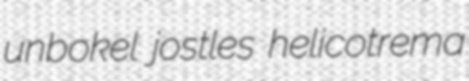
unbokel jostles helicotrema